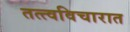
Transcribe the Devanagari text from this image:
तत्त्वविचारात